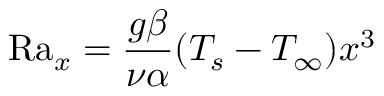
\mathrm { R a } _ { x } = { \frac { g \beta } { \nu \alpha } } ( T _ { s } - T _ { \infty } ) x ^ { 3 }